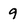
Character: 9